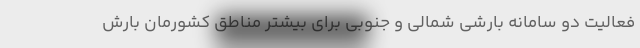
فعالیت دو سامانه بارشی شمالی و جنوبی برای بیشتر مناطق کشورمان بارش